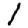
Digit: 1